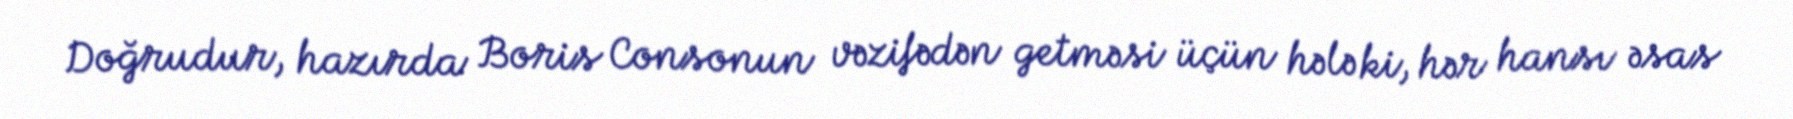
Doğrudur, hazırda Boris Consonun vəzifədən getməsi üçün hələ ki, hər hansı əsas